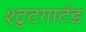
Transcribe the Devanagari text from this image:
श्टुटगार्टड